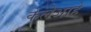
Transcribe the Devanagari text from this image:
केलेआहे